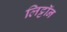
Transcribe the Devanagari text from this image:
लिट्टॉन